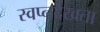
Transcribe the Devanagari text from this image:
स्वप्नदेखता